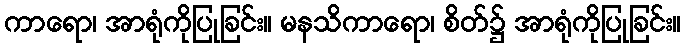
ကာရော၊ အာရုံကိုပြုခြင်း။ မနသိကာရော၊ စိတ်၌ အာရုံကိုပြုခြင်း။